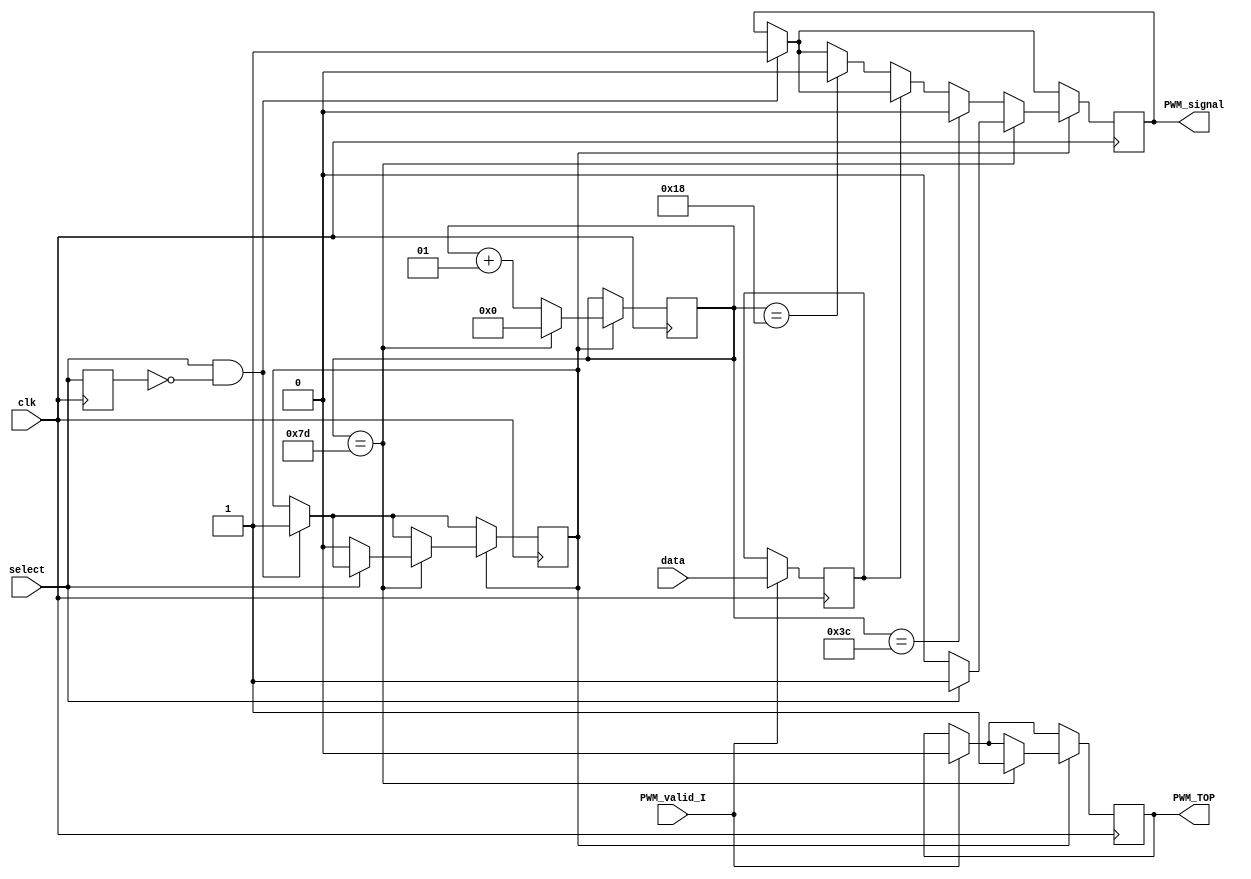
module PWM(
	input wire clk, // 50MHz
	input wire data,
	input wire select, // so pode mudar este estado apos enviar o PWM_TOP !
	input wire PWM_valid_I,
	output reg PWM_signal = 0, // 1Hz sempre que usamos um always block a saida deste tem de ser um registo
	output reg PWM_TOP = 0  // indica quando podemos receber um bit
    );
	 
//localparam H0 = 12; // para calcularmos este valor temos de fazer 50MHz/(freq desejada)
//localparam H1 = 30;
localparam Full_time = 	125;
integer counter_value = 0;
integer div_value = 0;
reg select_flag = 0;
reg data_gravada;

reg select_delay;
always @ (posedge clk) begin   // sistema para detectar quando select vai 0->1
    select_delay = select; //grava o numero anterior
end
wire select_Rising = select && !select_delay;


/*always@ (posedge clk)
begin
	if (select_Rising)
	begin
		PWM_signal <= 1;
		select_flag <= 1;
	end else // 1->0
	begin
	
	end
	
end
*/

/*
always@ (posedge clk)
begin
	if (PWM_valid_I== 1)
		begin
			data_gravada <= data;
			PWM_TOP <= 0;	// meter tudo na mesma maquina
			/*if (PWM_TOP == 1)  // se tivermos a espera de um bit podemos ler
			begin
				data_gravada <= data;
				PWM_TOP = 0;	
			end
		end
end
*/

always@ (posedge clk) // sempre que o clk vai de 0 -> 1 este codigo corre 1 vez
begin

	if (PWM_valid_I== 1)
		begin
			data_gravada <= data;
			PWM_TOP <= 0;
		end


	if (select_Rising)
	begin
		PWM_signal <= 1;
		select_flag <= 1;
		
		$display("PWM to 1");
	end else // 1->0
	begin
	end
	
	
	
	if (select_flag == 1) // verifica se podemos imprimir
	begin

		if (data_gravada == 0)
			begin
				if (counter_value == 24)
				PWM_signal <= 0;
				
			end
			
		if (counter_value == 60)  // deste modo quando se troca de 1->0 com o counter_value > 24 evitamos ficar sempre a 1 forçando o max ser 60 
			begin
				PWM_signal <= 0;
				
				$display("duty cycle signal swap");
			end
		
			
			
		if (counter_value == Full_time)
			begin
				//PWM_TOP = 0;
				PWM_TOP <= 1; // podemos receber o procimo bit
				counter_value <= 0;	
				if (select == 0 ) // deste modo n paramos o pwm a meio de um cilco
					begin
						select_flag <= 0;
						PWM_signal <= 0;
					end
				else
				begin
				PWM_signal <= 1;
				end
				$display("reset");
			end
		else
			begin
				counter_value <= counter_value +1;
				
			end
	end
	
	/*else
		begin
			if (select == 1 ) // inica o PWM
				begin
					PWM_signal = 1;
					PWM_TOP = 0; // assim que obtemos a flag para ler desativamos a flag para pedir bits pois so lemos 1 de cada vez (e outras rasoes)
					select_flag <= 1; 
				end
		end*/
	
end

endmodule